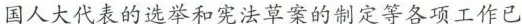
国人大代表的选举和宪法草案的制定等各项工作已